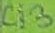
Text: C13